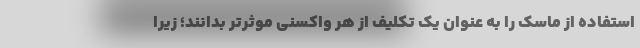
استفاده از ماسک را به عنوان یک تکلیف از هر واکسنی موثرتر بدانند؛ زیرا